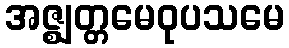
အဇ္ဈတ္တမေဝုပသမေ